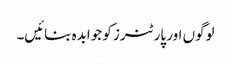
لوگوں اور پارٹنرز کو جوابدہ بنائیں۔